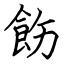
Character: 飭